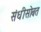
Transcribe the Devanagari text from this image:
संधीसोबत